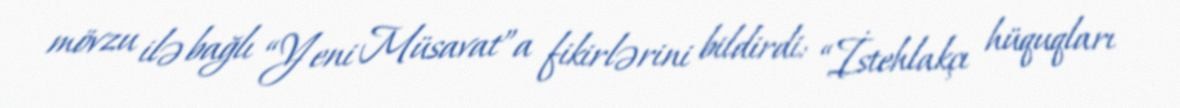
mövzu ilə bağlı “Yeni Müsavat”a fikirlərini bildirdi: “İstehlakçı hüquqları